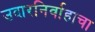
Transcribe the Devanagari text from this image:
उदारनिर्वाहाचा